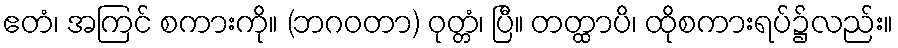
ဧတံ၊ အကြင် စကားကို။ (ဘဂဝတာ) ဝုတ္တံ၊ ပြီ။ တတ္ထာပိ၊ ထိုစကားရပ်၌လည်း။